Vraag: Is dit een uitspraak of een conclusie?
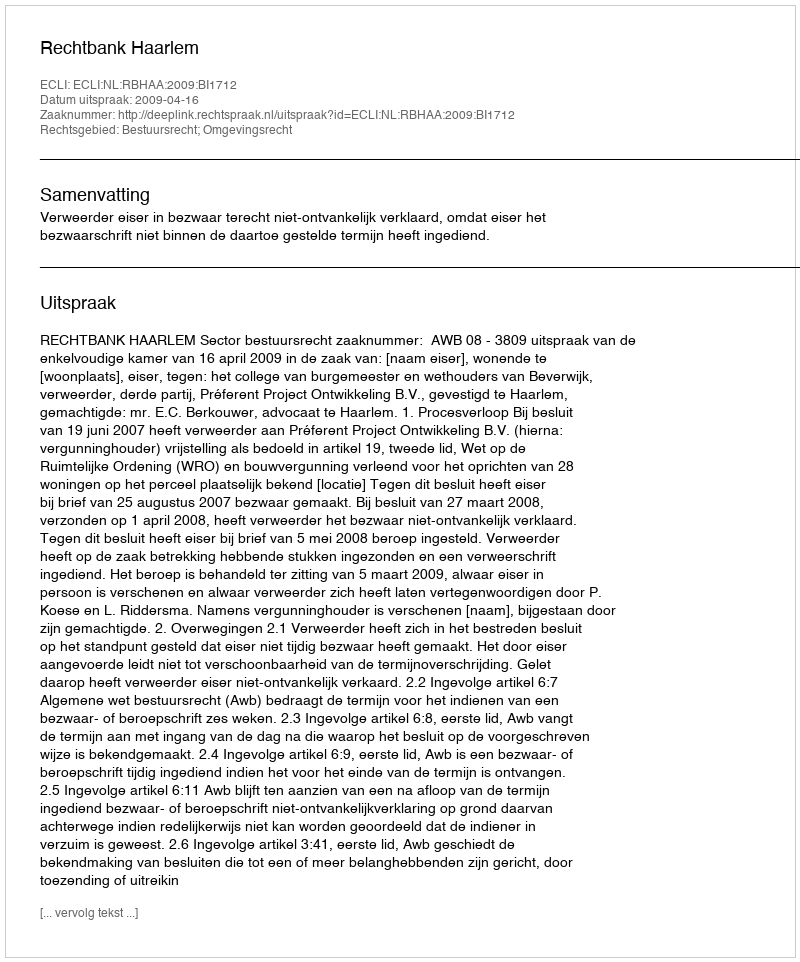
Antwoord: Uitspraak